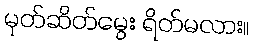
မုတ်ဆိတ်မွေး ရိတ်မလား။